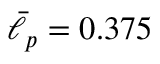
\bar { \ell } _ { p } = 0 . 3 7 5